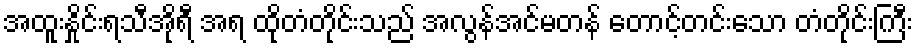
အထူးနှိုင်းရသီအိုရီ အရ ထိုတံတိုင်းသည် အလွန်အင်မတန် တောင့်တင်းသော တံတိုင်းကြီး